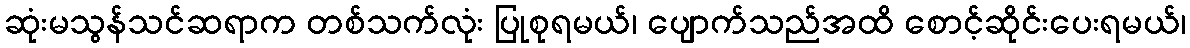
ဆုံးမသွန်သင်ဆရာက တစ်သက်လုံး ပြုစုရမယ်၊ ပျောက်သည်အထိ စောင့်ဆိုင်းပေးရမယ်၊